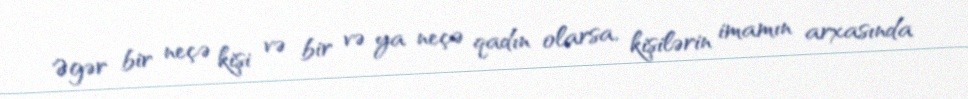
Əgər bir neçə kişi və bir və ya neçə qadın olarsa, kişilərin imamın arxasında